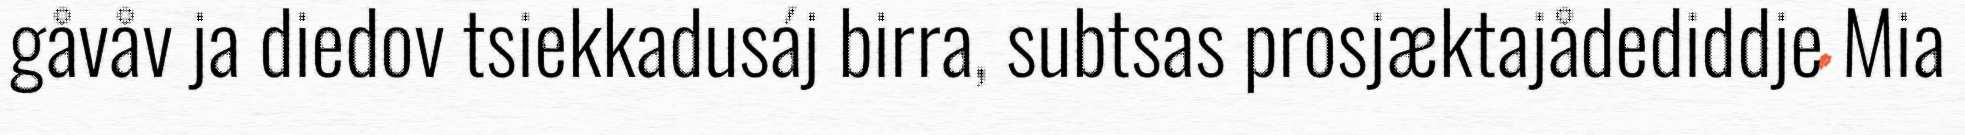
gåvåv ja diedov tsiekkadusáj birra, subtsas prosjæktajådediddje Mia